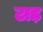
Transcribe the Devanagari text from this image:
टाड़